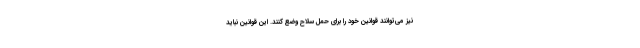
نیز می‌توانند قوانین خود را برای حمل سلاح وضع کنند. این قوانین نباید